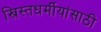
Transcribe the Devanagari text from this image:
ख्रिस्तधर्मीयांसाठी